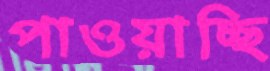
পাওয়াচ্ছি